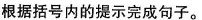
根据括号内的提示完成句子.